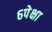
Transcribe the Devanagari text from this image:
६पेक्षा